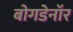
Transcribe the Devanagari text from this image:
बोगडेनॉर